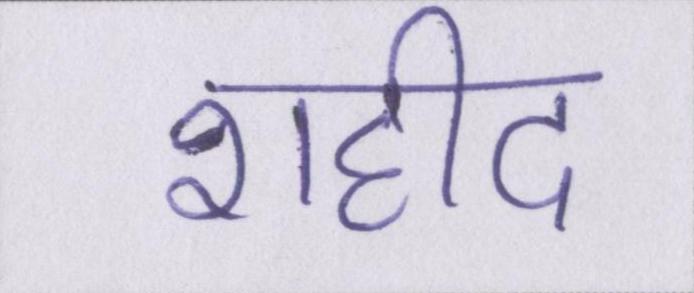
शहीद